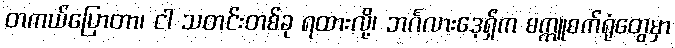
တကယ်ပြောတာ၊ ငါ သတင်းတစ်ခု ရထားလို့၊ ဘင်္ဂလားဒေ့ရှ်က စက္ကူစက်ရုံတွေမှာ